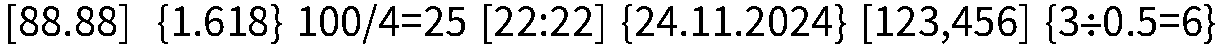
[88.88]  {1.618} 100/4=25 [22:22] {24.11.2024} [123,456] {3÷0.5=6}